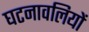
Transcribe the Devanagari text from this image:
घटनावलियों